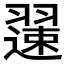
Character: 𫅯